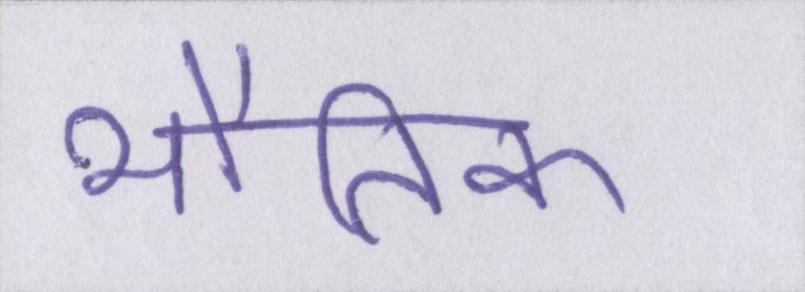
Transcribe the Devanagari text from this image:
भौतिक